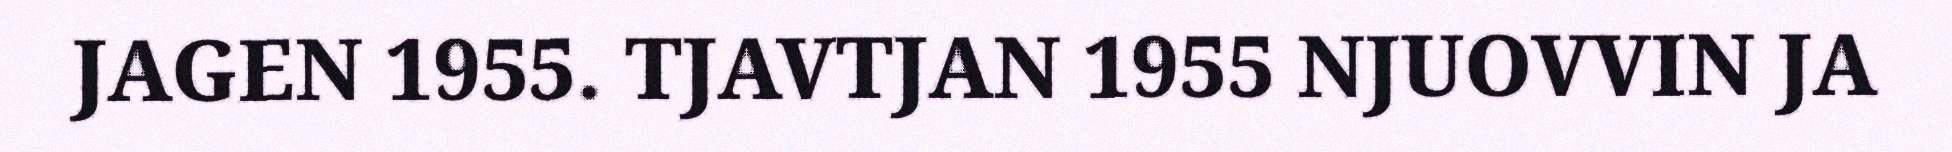
JAGEN 1955. TJAVTJAN 1955 NJUOVVIN JA